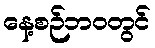
နေ့စဉ်ဘဝတွင်